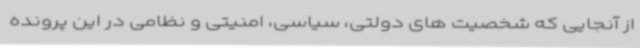
از آنجایی که شخصیت های دولتی، سیاسی، امنیتی و نظامی در این پرونده